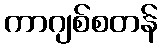
ကာဂျစ်စတန်